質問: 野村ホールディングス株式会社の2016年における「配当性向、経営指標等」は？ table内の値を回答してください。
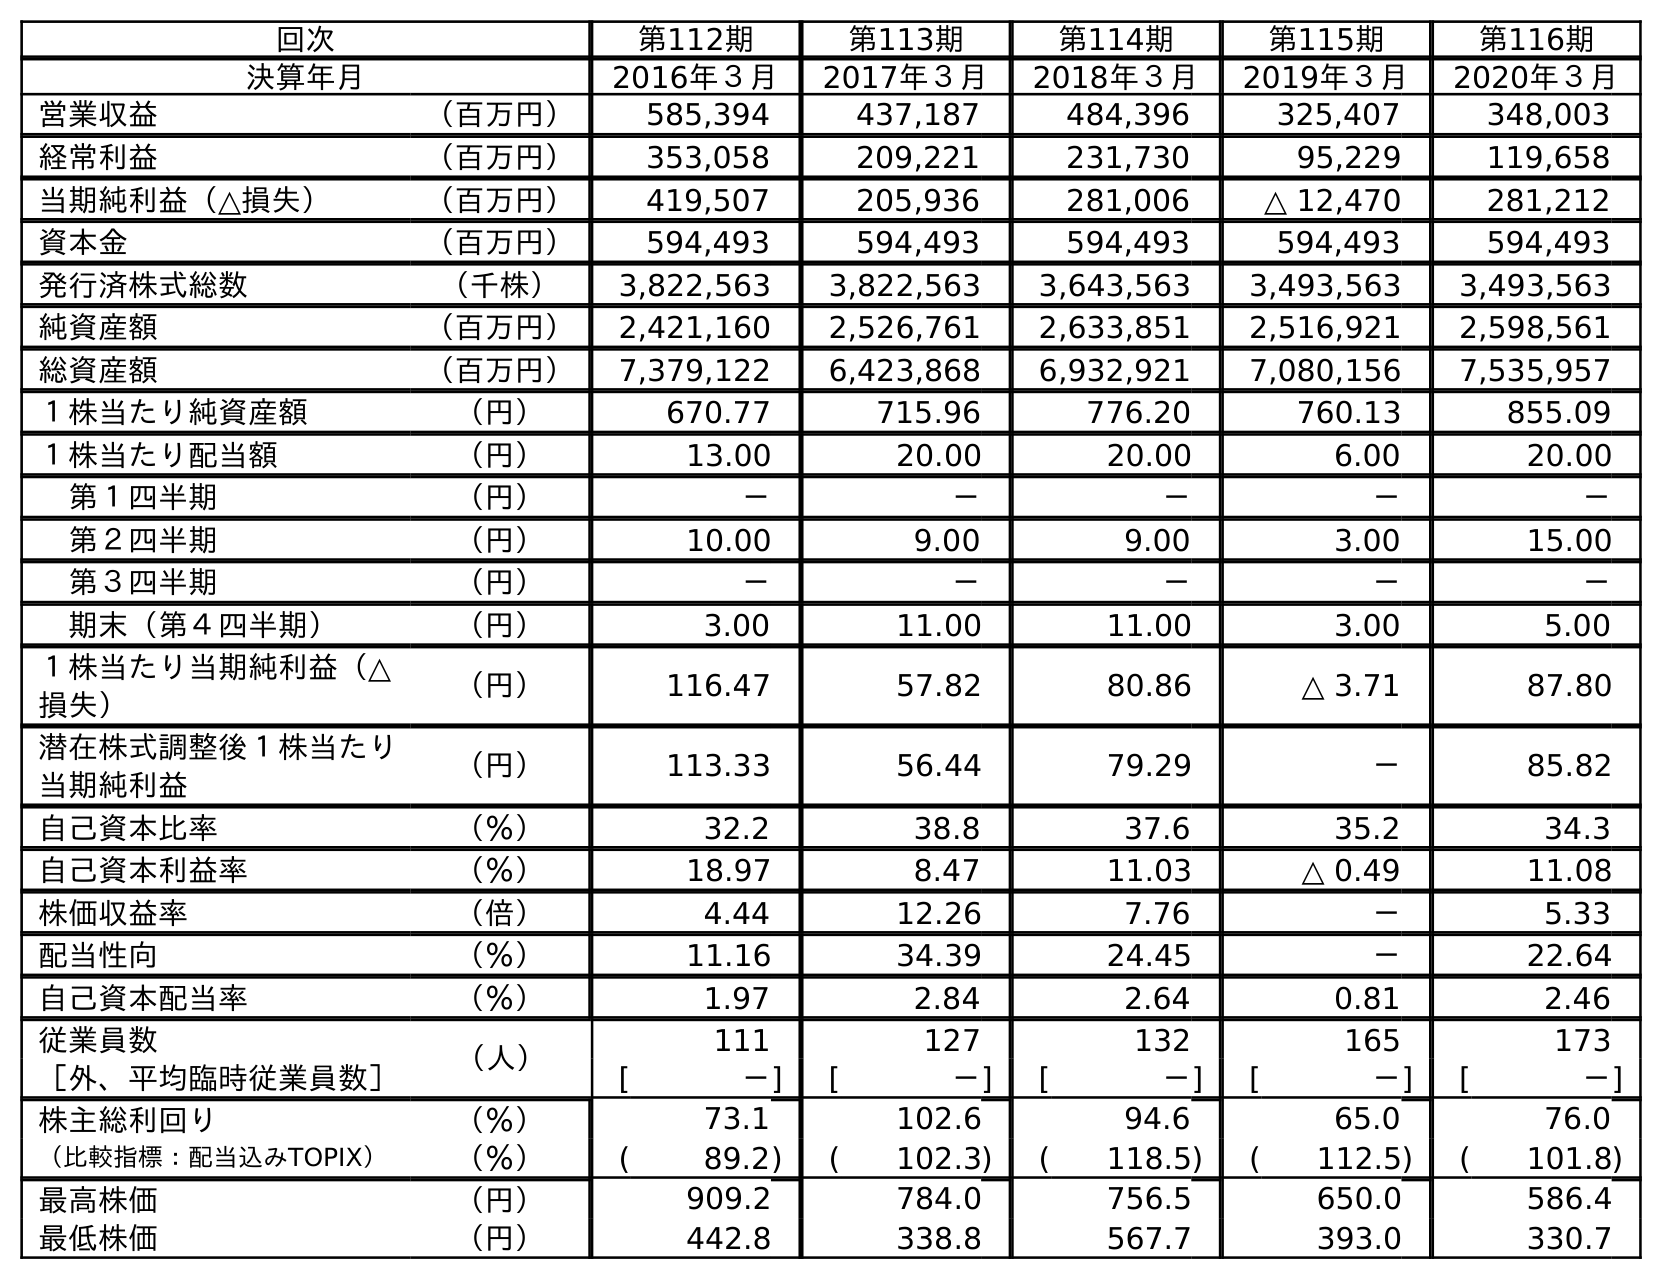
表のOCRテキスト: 回次 第112期 第113期 第114期 第115期 第116期 決算年月 2016年３月 2017年３月 2018年３月 2019年３月 2020年３月 営業収益 （百万円） 585,394 437,187 484,396 325,407 348,003 経常利益 （百万円） 353,058 209,221 231,730 95,229 119,658 当期純利益（△損失） （百万円） 419,507 205,936 281,006 △ 12,470 281,212 資本金 （百万円） 594,493 594,493 594,493 594,493 594,493 発行済株式総数 （千株） 3,822,563 3,822,563 3,643,563 3,493,563 3,493,563 純資産額 （百万円） 2,421,160 2,526,761 2,633,851 2,516,921 2,598,561 総資産額 （百万円） 7,379,122 6,423,868 6,932,921 7,080,156 7,535,957 １株当たり純資産額 （円） 670.77 715.96 776.20 760.13 855.09 １株当たり配当額 （円） 13.00 20.00 20.00 6.00 20.00 第１四半期 （円） － － － － － 第２四半期 （円） 10.00 9.00 9.00 3.00 15.00 第３四半期 （円） － － － － － 期末（第４四半期） （円） 3.00 11.00 11.00 3.00 5.00 １株当たり当期純利益（△ 損失） （円） 116.47 57.82 80.86 △ 3.71 87.80 潜在株式調整後１株当たり 当期純利益 （円） 113.33 56.44 79.29 － 85.82 自己資本比率 （％） 32.2 38.8 37.6 35.2 34.3 自己資本利益率 （％） 18.97 8.47 11.03 △ 0.49 11.08 株価収益率 （倍） 4.44 12.26 7.76 － 5.33 配当性向 （％） 11.16 34.39 24.45 － 22.64 自己資本配当率 （％） 1.97 2.84 2.64 0.81 2.46 従業員数 （人） 111 127 132 165 173 ［外、平均臨時従業員数］ [ －] [ －] [ －] [ －] [ －] 株主総利回り （％） 73.1 102.6 94.6 65.0 76.0 （比較指標：配当込みTOPIX） （％） ( 89.2) ( 102.3) ( 118.5) ( 112.5) ( 101.8) 最高株価 （円） 909.2 784.0 756.5 650.0 586.4 最低株価 （円） 442.8 338.8 567.7 393.0 330.7
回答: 11.16